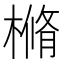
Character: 樇